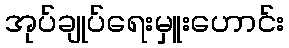
အုပ်ချုပ်ရေးမှူးဟောင်း